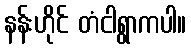
နန်းဟိုင် တံငါရွာကပါ။